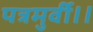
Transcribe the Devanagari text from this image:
पत्रमुर्वी।।